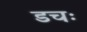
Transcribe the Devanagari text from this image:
डचः